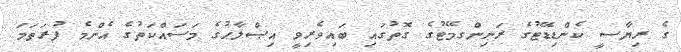
ގެ ރިޔާސީ ކެންޑިޑޭޓުގެ ރަނިންގމޭޓުގެ ގޮތުގައި ބައިވެރިވީ އިޞްލާޙުގެ މަސައްކަތުގެ އެންމެ ފުރަތަމަ